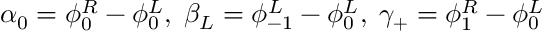
\alpha _ { 0 } = \phi _ { 0 } ^ { R } - \phi _ { 0 } ^ { L } , \; \beta _ { L } = \phi _ { - 1 } ^ { L } - \phi _ { 0 } ^ { L } , \; \gamma _ { + } = \phi _ { 1 } ^ { R } - \phi _ { 0 } ^ { L } \;